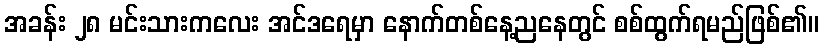
အခန်း ၂၈ မင်းသားကလေး အင်ဒရေမှာ နောက်တစ်နေ့ညနေတွင် စစ်ထွက်ရမည်ဖြစ်၏။